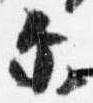
示